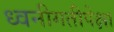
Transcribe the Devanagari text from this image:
ध्वनीगतीपेक्षा